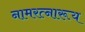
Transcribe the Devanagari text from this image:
नामरत्नारूय